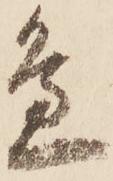
邊